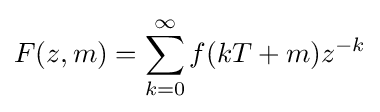
F(z,m)=\sum _{k=0}^{\infty }f(kT+m)z^{-k}